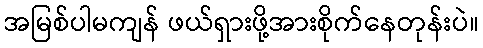
အမြစ်ပါမကျန် ဖယ်ရှားဖို့အားစိုက်နေတုန်းပဲ။